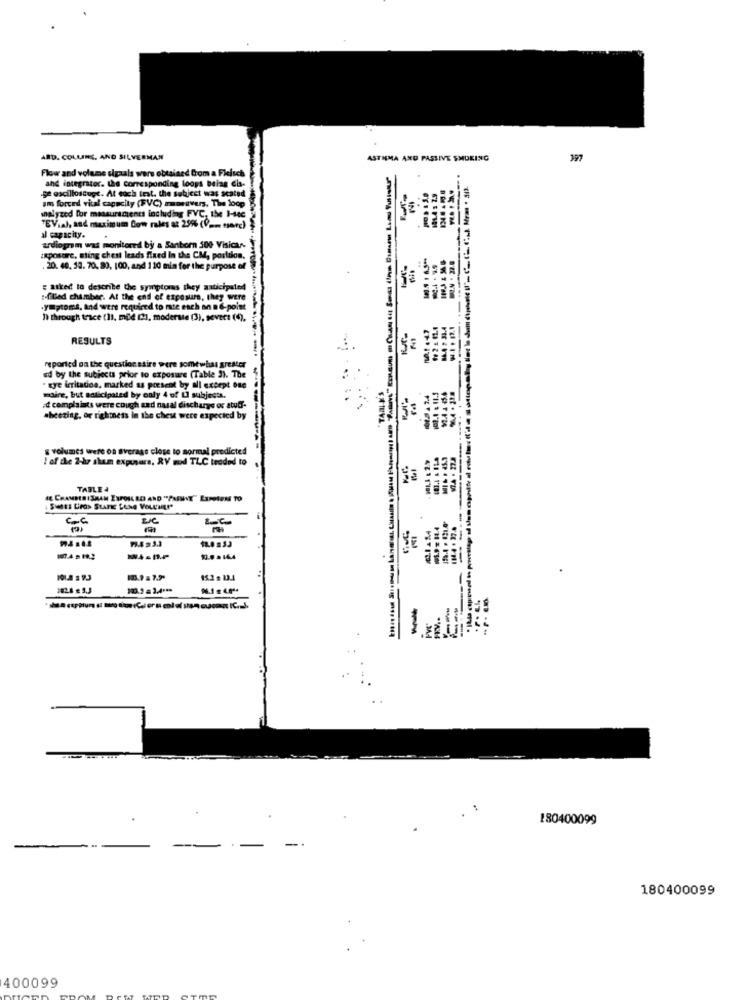
ARD. COLLINS, AND SILVERMAN
ASTIGMA AND PASSIVE SMOKING
Flour and volume sigaals wers obtained from a Fleisch
ge oscilloscugt. At each test. the subject was seated
and integrator. the corresponding loops being dis-
d vital capacity (FVC) mamavers. The loop
E
analyzed for measurements including FVC, the I-te
TEV.a), and maximum dow rales at 25% (9 -. ssarc)
al capacity.
ardiogram was monitored by a Sanborn 500 Visicar
Exposure, ming chest leads fixed In the CM, position.
.20. 40, 58. 70. 89, 100, and 110 min for the purpose of
asked to describe the symptoms they anticipated
:- filled chamber. At the end of exposure, they were
.Ymptoms, and were required to mte each on a 6-point
1) through trice (1), mild (2), moderate (3), sever: (4),
RESULTS
reported on the questionssire were somewhat greater
ed by the subjects prior to exposure (Table 3). The
· xye irritation, marked as present by all except one
maire, but anticipated by caly 4 of L] subjects.
:d complaints were cough and nasal discharge os stuff-
wheezing, or righmess In the chest were expected by
& volumes were on average close to normal predicted
! of the 2-hr shum exposure, RV mod TLC troded to
TABLE 4
A CHAMBERISHAM ETPOLL BO AND "PASSIVE" EXPOSURE TO
18.0 233
107.4 = 19.2
10.0 . 16.4
15.2 . 13.4
182.8 E 9.3
120.2 = 3.4 .**
-
-
180400099
180400099
400099